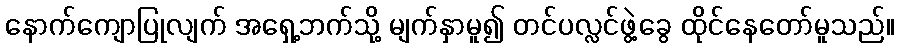
နောက်ကျောပြုလျက် အရှေ့ဘက်သို့ မျက်နှာမူ၍ တင်ပလ္လင်ဖွဲ့ခွေ ထိုင်နေတော်မူသည်။